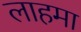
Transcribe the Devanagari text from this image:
लाहमा